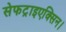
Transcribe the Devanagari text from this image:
सेफट्राइएक्सिन।